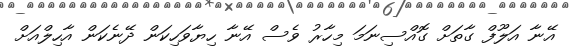
އޭނާ އަލޫފް ގާތަށް ގޮއްސިނަމަ މިހާރު ވެސް އޭނާ ހިޔާވަހިކަން ދޭނެކަން އާހިލްއަށް